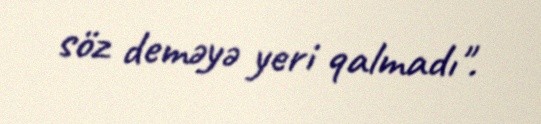
söz deməyə yeri qalmadı".